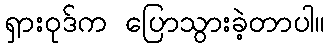
ရှားဝုဒ်က ပြောသွားခဲ့တာပါ။